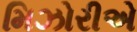
મિઝોરીએ